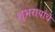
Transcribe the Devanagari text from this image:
शुभरायांचे